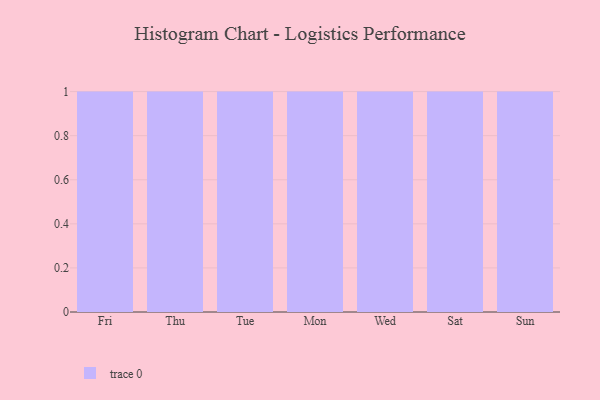
{"axis": {"x": "Day", "y": "Headcount"}, "legend": [""], "data": [{"x": "Fri", "y": 98, "type": ""}, {"x": "Thu", "y": 17, "type": ""}, {"x": "Tue", "y": 32, "type": ""}, {"x": "Mon", "y": 31, "type": ""}, {"x": "Wed", "y": 69, "type": ""}, {"x": "Sat", "y": 74, "type": ""}, {"x": "Sun", "y": 23, "type": ""}]}